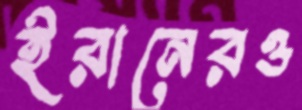
ইরানেরও